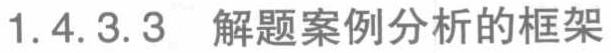
1.4.3.3  解题案例分析的框架